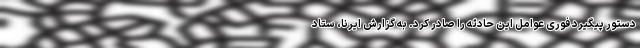
دستور پیگیرد فوری عوامل این حادثه را صادر کرد. به گزارش ایرنا، ستاد